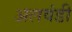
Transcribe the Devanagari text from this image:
अलवंडी